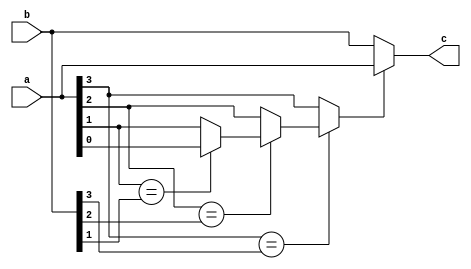
module comparison #(
  parameter expWidth = 4
) (
  input  [(expWidth-1):0] a,
  input  [(expWidth-1):0] b,
  output [(expWidth-1):0] c
);
  wire com_reg;
  assign com_reg = (a[3] == b[3]) ? ((a[2] == b[2]) ? ((a[1] == b[1]) ?((a[0] == b[0]) ? a[0] : a[0]) : a[1] ): a[2]) : a[3];
  assign c = com_reg ? a : b;
endmodule